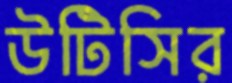
উটিসির